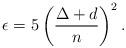
LaTeX: \begin{align*}\epsilon=5\left(\frac{\Delta+d}{n}\right)^2.\end{align*}